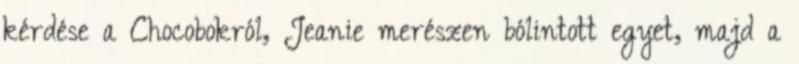
kérdése a Chocobokról, Jeanie merészen bólintott egyet, majd a